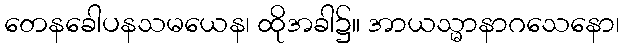
တေနခေါပနသမယေန၊ ထိုအခါ၌။ အာယသ္မာနာဂသေနော၊